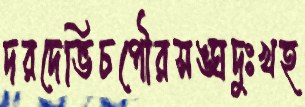
দরদেভিচপৌরসঙ্ঘদুঃখহ